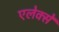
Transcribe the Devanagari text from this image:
एलेक्से